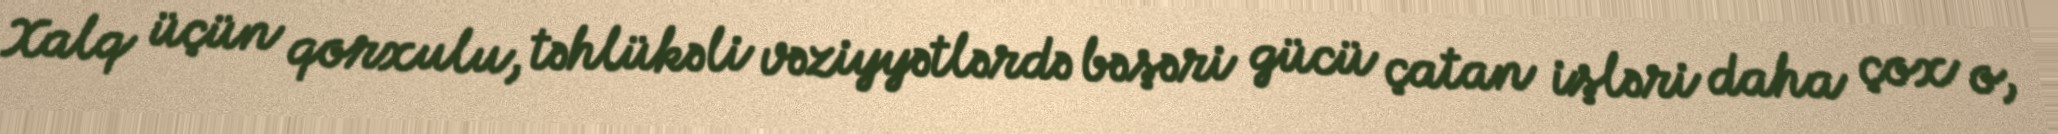
Xalq üçün qorxulu, təhlükəli vəziyyətlərdə bəşəri gücü çatan işləri daha çox o,